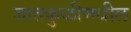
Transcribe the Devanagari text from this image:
जातकुळीमधील